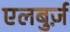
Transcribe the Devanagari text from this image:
एलबुर्ज़